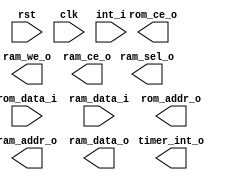
module open_MIPS(
    input           rst,
    input           clk,

    input [31:0]    rom_data_i,                 // 从 指令存储器 取得的指令，只读存储器 不能写
    input [31:0]    ram_data_i,                 // 从 数据存储器 读取的数据，可读可写  
    input [2:0]     int_i,                      // 6个中断信号

    output          timer_int_o,                // 定时器中断信号
    output          rom_ce_o,                   // 指令存储器使能信号

    output [31:0]   rom_addr_o,                 // 输出到 指令存储器 的地址
    output [31:0]   ram_addr_o,                 // 要访问 数据存储器 的地址    
    
    output [31:0]   ram_data_o,                 // 要写入 数据存储器 的数据
    output [3:0]    ram_sel_o,                  // 字节选择信号
    output          ram_we_o,                   // 是否是对 数据存储器的写操作，为1表示是写操作
    output          ram_ce_o                    // 数据存储器使能信号        
);




endmodule